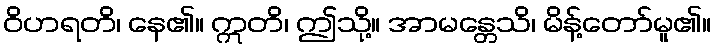
ဝိဟရတိ၊ နေ၏။ ဣတိ၊ ဤသို့။ အာမန္တေသိ၊ မိန့်တော်မူ၏။